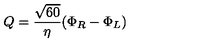
Q = { \frac { \sqrt { 6 0 } } { \eta } } ( \Phi _ { R } - \Phi _ { L } )